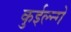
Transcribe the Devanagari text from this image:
कुईल्न्गे